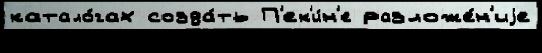
катало́гах созда́ть П'ек'и́н'е разложе́н'иjе